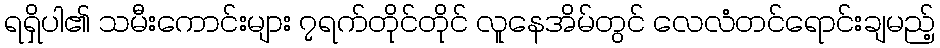
ရရှိပါ၏ သမီးကောင်းများ ၇ရက်တိုင်တိုင် လူနေအိမ်တွင် လေလံတင်ရောင်းချမည့်